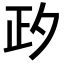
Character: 𣥛